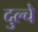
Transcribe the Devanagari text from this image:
दुल्चे